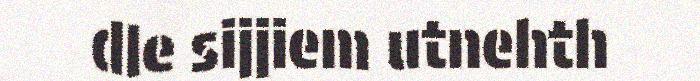
dle sijjiem utnehth